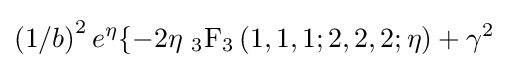
\left(1/b\right)^{2}e^{\eta }\{-2\eta {\ }_{3}{\text{F}}_{3}\left(1,1,1;2,2,2;\eta \right)+\gamma ^{2}